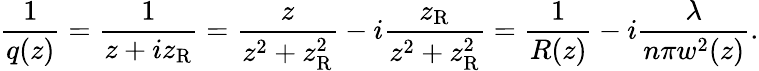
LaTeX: {\frac{1}{q(z)}}={\frac{1}{z+iz_{\mathrm{R}}}}={\frac{z}{z^{2}+z_{\mathrm{R}}^{2}}}-i{\frac{z_{\mathrm{R}}}{z^{2}+z_{\mathrm{R}}^{2}}}={\frac{1}{R(z)}}-i{\frac{\lambda}{n\pi w^{2}(z)}}.